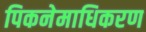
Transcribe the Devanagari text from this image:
पिकनेमाधिकरण